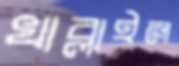
খাব্‌লাইল